Burma Government Medical School reports 1923-41
Year: 1923
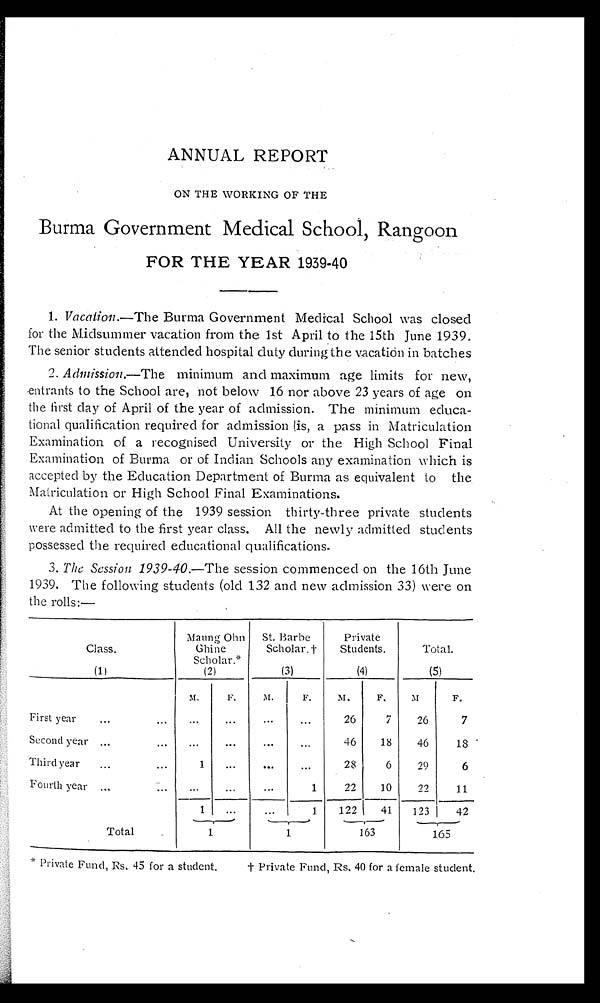
ANNUAL REPORT
ON THE WORKING OF THE
Burma Government Medical School, Rangoon
FOR THE YEAR 1939-40
1. Vacation .—The Burma Government Medical School was closed
for the Midsummer vacation from the 1st April to the 15th June 1939.
The senior students attended hospital duty during the vacation in batches
2. Admission .—The minimum and maximum age limits for new,
entrants to the School are, not below 16 nor above 23 years of age on
the first day of April of the year of admission. The minimum educa
-
tional qualification required for admission is, a pass in Matriculation
Examination of a recognised University or the High School Final
Examination of Burma or of Indian Schools any examination which is
accepted by the Education Department of Burma as equivalent to the
Matriculation or High School Final Examinations.
At the opening of the 1939 session thirty-three private students
were admitted to the first year class. All the newly admitted students
possessed the required educational qualifications.
3. The Session 1939-40 .—The session commenced on the 16th June
1939. The following students (old 132 and new admission 33) were on
the rolls:—
Class.
Maung Ohn
Ghine
Scholar.*
St. Barbe
Scholar. †
Private
Students.
Total.
(1)
( 2 )
(3)
(4)
(5)
M.
F .
M.
F.
M.
F.
M
F.
First year . . .
. . .
. . .
. . .
. . .
26
7
26
7
Second year . . .
. . .
. . .
. . .
. . .
46
18
46
18
Third year . . .
1
. . .
. . .
. . .
28
6
29
6
Fourth year . . .
. . .
. . .
. . .
1
22
10
2 2
11
1
. . .
. . .
1
122
41
123
42
T o t a l . . .
1
1
163
165
Private Fund, Rs. 45 for a student.
† Private Fund, Rs. 40 for a female student.